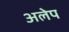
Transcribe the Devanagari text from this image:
अलेप